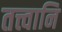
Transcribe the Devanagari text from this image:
तत्त्वानि